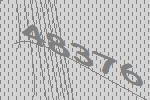
48376